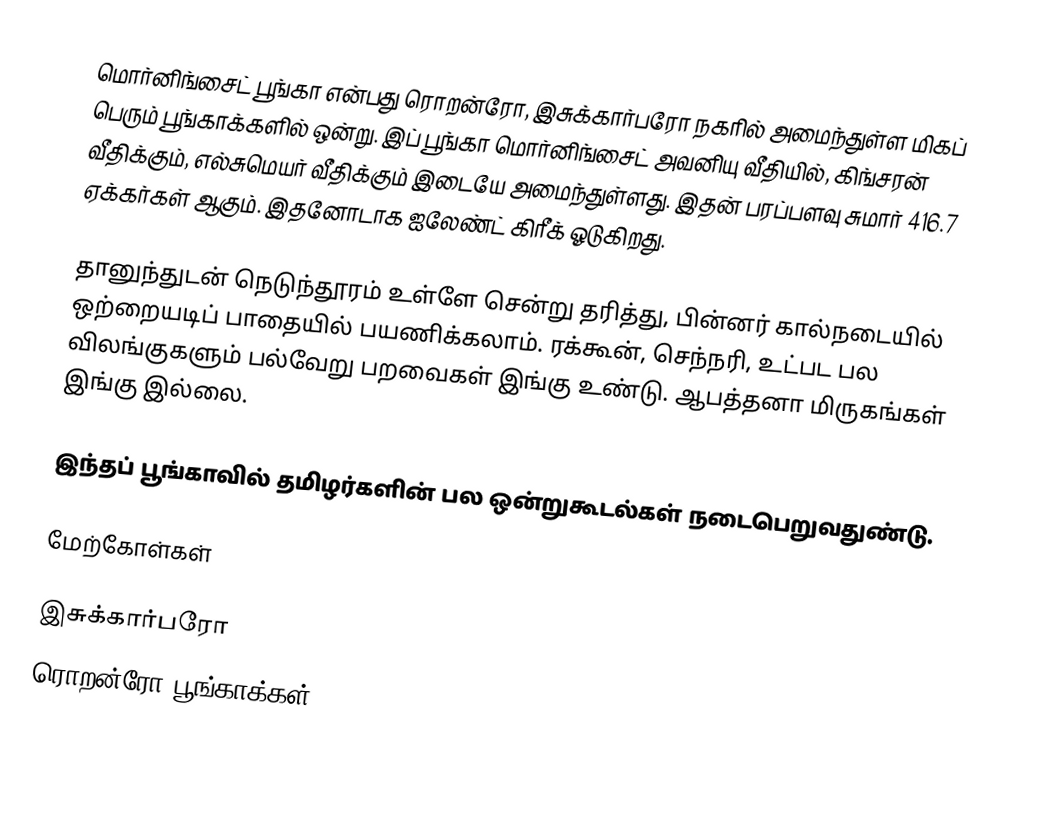
மொர்னிங்சைட் பூங்கா என்பது ரொறன்ரோ, இசுக்கார்பரோ நகரில் அமைந்துள்ள மிகப் பெரும் பூங்காக்களில் ஒன்று.  இப் பூங்கா மொர்னிங்சைட் அவனியு வீதியில், கிங்சரன் வீதிக்கும், எல்சுமெயர் வீதிக்கும் இடையே அமைந்துள்ளது.  இதன் பரப்பளவு சுமார் 416.7 ஏக்கர்கள் ஆகும்.  இதனோடாக ஐலேண்ட் கிரீக் ஓடுகிறது.

தானுந்துடன் நெடுந்தூரம் உள்ளே சென்று தரித்து, பின்னர் கால்நடையில் ஒற்றையடிப் பாதையில் பயணிக்கலாம்.  ரக்கூன், செந்நரி, உட்பட பல விலங்குகளும் பல்வேறு பறவைகள் இங்கு உண்டு.  ஆபத்தனா மிருகங்கள் இங்கு இல்லை.

இந்தப் பூங்காவில் தமிழர்களின் பல ஒன்றுகூடல்கள் நடைபெறுவதுண்டு.

மேற்கோள்கள்

இசுக்கார்பரோ
ரொறன்ரோ பூங்காக்கள்